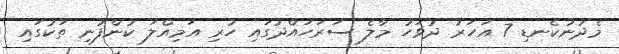
މެދުނުކެނޑި 7 އަހަރު ދުވަހު މާލެ ސަރަހައްދުގައި ހުރި އަމިއްލަ ކުންފުނި ތަކުގައި